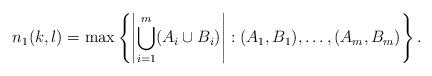
LaTeX: \begin{align*}n_1(k,l)=\max\left\{\left|\bigcup_{i=1}^m(A_i\cup B_i)\right|: (A_1,B_1),\dots,(A_m,B_m) \right\}.\end{align*}